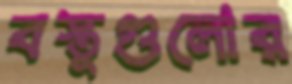
বস্তুগুলোর